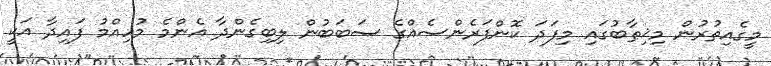
މީގެއިތުރުން މިޚިޠާބުގައި މިފަދަ ކޮންފަރެންސެއްގެ ސަބަބުން ލިބިގެންދާ އެންމެ މުހިއްމު ފައިދާ އަކީ